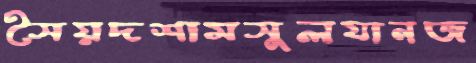
সৈয়দশামসুলযানজ